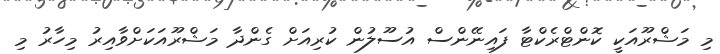
މި މަޝްރޫއަކީ ކޮންޓްރެކްޓާ ފައިނޭންސް އުސޫލުން ކުރިއަށް ގެންދާ މަޝްރޫއަކަށްވާއިރު މިހާރު މި